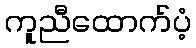
ကူညီထောက်ပံ့